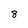
Character: 8